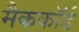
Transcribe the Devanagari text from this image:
मैककॉर्ड